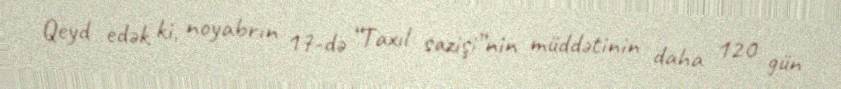
Qeyd edək ki, noyabrın 17-də “Taxıl sazişi”nin müddətinin daha 120 gün